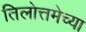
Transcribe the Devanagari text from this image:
तिलोत्तमेच्या